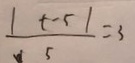
\frac { \vert t - 5 \vert } { 5 } = 3